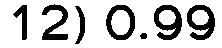
12) 0.99